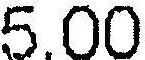
5.00